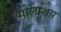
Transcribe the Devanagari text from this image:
गोलाशय